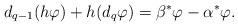
LaTeX: \begin{align*} d_{q-1}(h \varphi)+h(d_q\varphi)=\beta^*\varphi-\alpha^*\varphi.\end{align*}